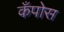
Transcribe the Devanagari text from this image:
कँपोस